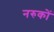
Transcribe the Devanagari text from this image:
नरुकों